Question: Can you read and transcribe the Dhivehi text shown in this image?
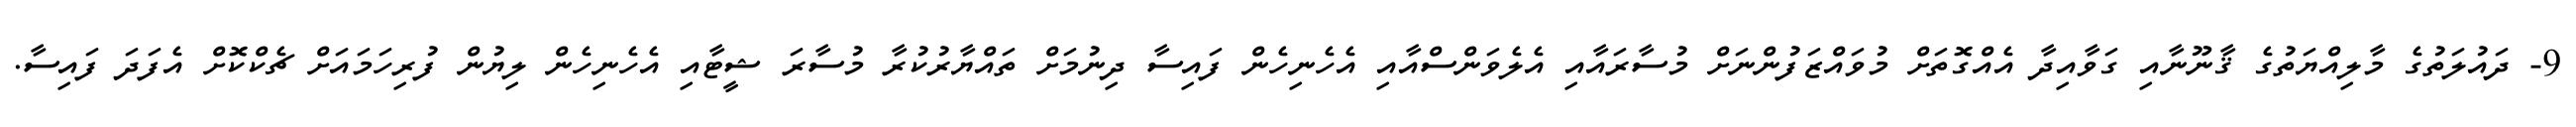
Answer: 9- ދައުލަތުގެ މާލިއްޔަތުގެ ޤާނޫނާއި ގަވާއިދާ އެއްގޮތަށް މުވައްޒަފުންނަށް މުސާރައާއި އެލެވަންސްއާއި އެހެނިހެން ފައިސާ ދިނުމަށް ތައްޔާރުކުރާ މުސާރަ ޝީޓާއި އެހެނިހެން ލިޔުން ފުރިހަމައަށް ޗެކްކޮށް އެފަދަ ފައިސާ.